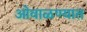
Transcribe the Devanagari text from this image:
ओवाळण्यात